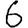
Digit: 6